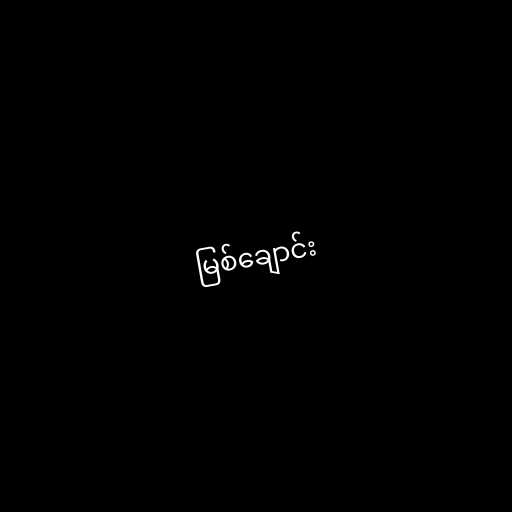
မြစ်ချောင်း